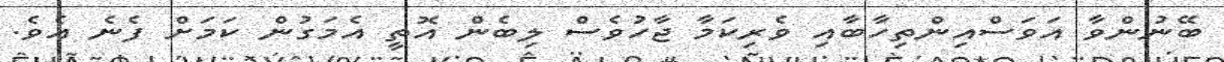
ބޭނުންވާ އަވަސްއިންތިހާބާއި ވެރިކަމާ ޖާހުވެސް ލިބެން އޮތީ އެމަގުން ކަމަށް ފެނެ އެވެ.